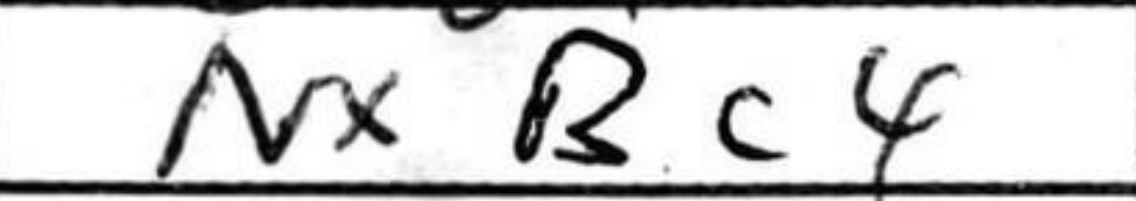
Transcription: NxBc4